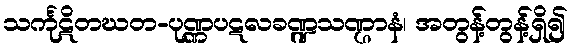
သင်္ကုဋိတဃတ-ပုဏ္ဏပဋလခဏ္ဍသဏ္ဌာနံ၊ အတွန့်တွန့်ရှိ၍